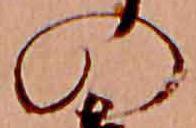
の